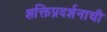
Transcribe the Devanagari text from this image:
शक्तिप्रदर्शनाची